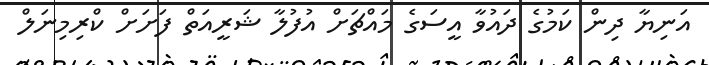
އަނިޔާ ދިން ކަމުގެ ދައުވާ އީސަގެ މައްޗަށް އުފުލާ ޝަރީއަތް ފަށަށް ކްރިމިނަލް